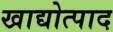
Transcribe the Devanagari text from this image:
खाद्योत्पाद